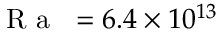
\mathrm { ~ \textit ~ { ~ R ~ a ~ } ~ } = 6 . 4 \times 1 0 ^ { 1 3 }